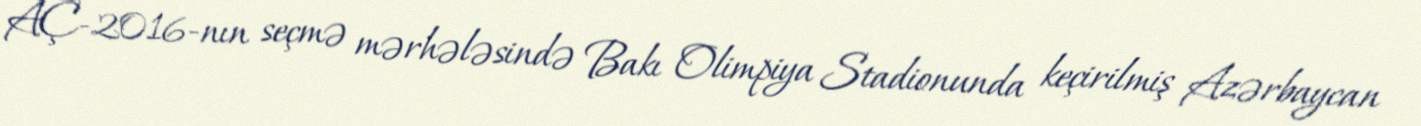
AÇ-2016-nın seçmə mərhələsində Bakı Olimpiya Stadionunda keçirilmiş Azərbaycan